Annual statistical returns and brief notes on vaccination in Bengal - 1909-1929
Year: 1909
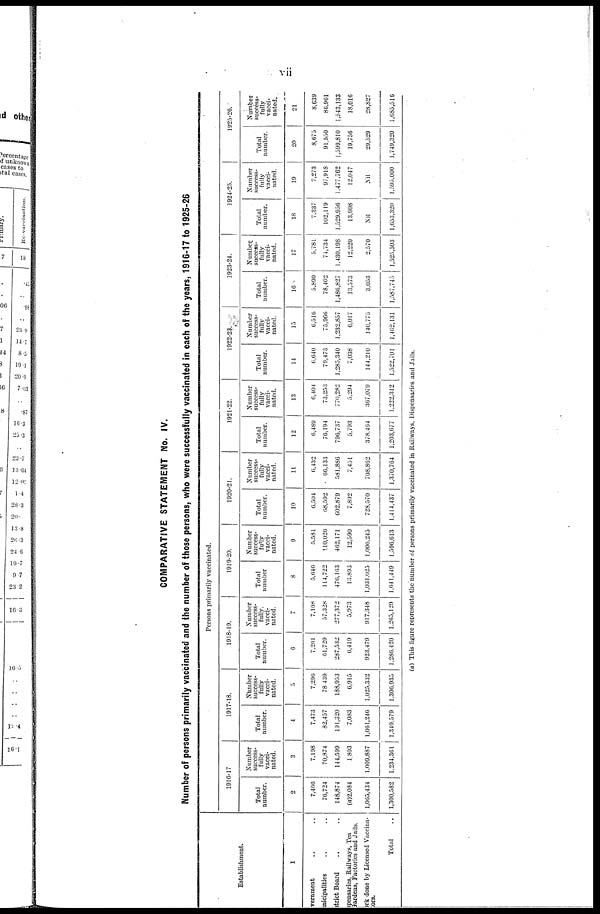
vii
COMPARATIVE STATEMENT No. IV.
Number of persons primarily vaccinated and the number of those persons, who were successfully vaccinated in each of the years, 1916-17 to 1925-26
Establishment.
1
Government .. ..
Municipalities .. ..
District Board .. ..
Dispensaries, Railways, Tea
Gardens, Factories and Jails.
Work done by Licensed Vaccina-
nators
Total ..
Persons primarily vaccinated.
1916-17
Total
number.
2
7,466
76,724
148,874
(a)2,084
1,065,434
1,300,582
Number
success-
fully
vacci-
nated.
3
7,198
70,874
144,599
1,803
1,009,887
1,234,361
1917-18.
Total
number.
4
7,473
82,457
191,320
7,083
1,061,246
1,349,579
Number
success-
fully
vacci-
nated.
5
7,296
78,439
188,953
6,915
1,025,332
1,306,935
1918-19.
Total
number.
6
7,261
61,729
287,532
6,419
923,479
1,286,420
Number
success-
fully
vacci-
nated.
7
7,108
57,328
277,372
5,973
917,348
1,265,129
1919-20.
Total
number
8
5,646
114,722
476,163
13,893
1,031,025
1,641,449
Number
success-
fully
vacci-
nated.
9
5,581
110,026
462,171
12,590
1,006,245
1,596,613
1920-21.
Total
number.
10
6,504
68,592
602,879
7,892
728,570
1,414,437
Number
success-
fully
vacci-
nated.
11
6,432
66,133
581,886
7,451
708,862
1,370,764
1921-22.
Total
number.
12
6,489
76,194
790,737
5,793
378,464
1,203,677
Number
success-
fully
vacci-
nated.
13
6,404
73,253
770,282
5,294
367,079
1,222,312
1922-23
Total
number.
14
6,640
79,473
1,285,340
7,038
144,210
1,522,701
Number
success-
fully
vacci-
nated.
15
6,516
75,966
1,232,857
6,017
140,775
1,462,131
1923-24.
Total
number.
16
5,890
78,402
1,486,827
13,573
3,053
1,587,745
Number.
success-
fully
vacci-
nated.
17
5,781
74,734
1,430,198
12,220
2,570
1,525,503
1924-25.
Total
number.
18
7,337
102,119
1,529,956
13,908
Nil
1,653,320
Number
success-
fully
vacci-
nated.
19
7,273
97,918
1,477,762
12,047
Nil
1,595,000
1925-26.
Total
number.
20
8,675
91,550
1,590,810
19,756
29,529
1,749,320
Number
success-
fully
vacci-
nated.
21
8,639
86,961
1,543,133
18,016
28,827
1,685,516
(a) This figure represents the number of persons primarily vaccinated in Railways, Dispensaries and Jails.